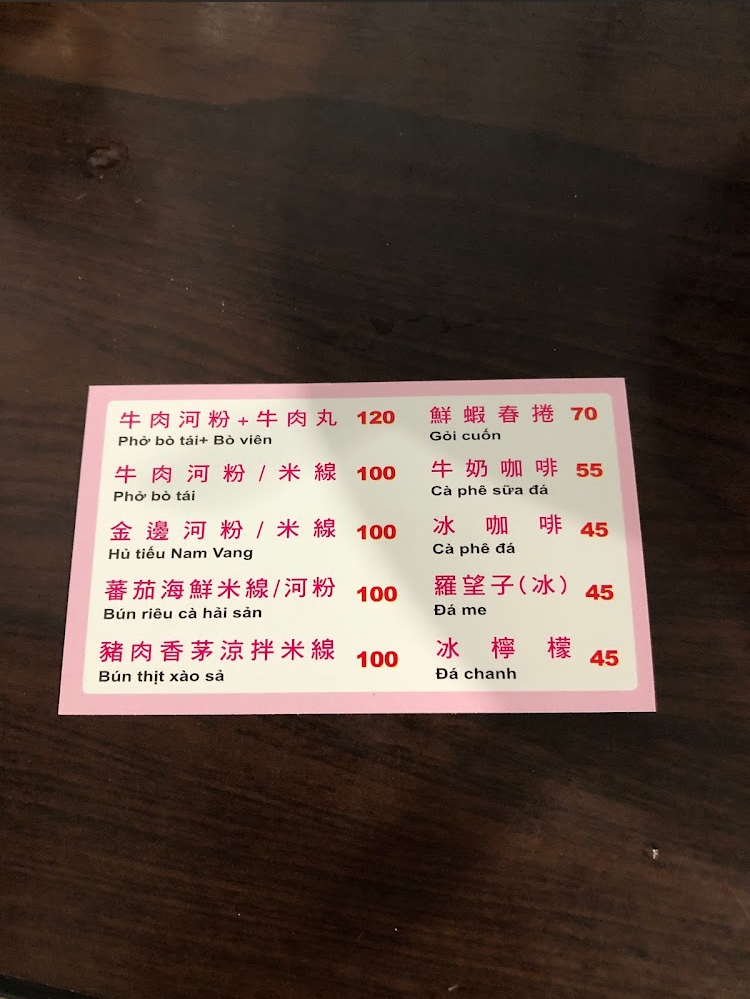
菜單：
name: 牛肉河粉+牛肉丸
price: 120
name: 鮮蝦春捲
price: 70
name: 牛肉河粉/米線
price: 100
name: 牛奶咖啡
price: 55
name: 金邊河粉/米線
price: 100
name: 冰咖啡
price: 45
name: 蕃茄海鮮米線/河粉
price: 100
name: 羅望子(冰)
price: 45
name: 豬肉香茅涼拌米線
price: 100
name: 冰檸檬
price: 45